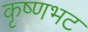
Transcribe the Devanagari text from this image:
कृष्णभट